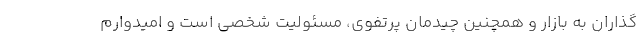
گذاران به بازار و همچنین چیدمان پرتفوی، مسئولیت شخصی است و امیدوارم